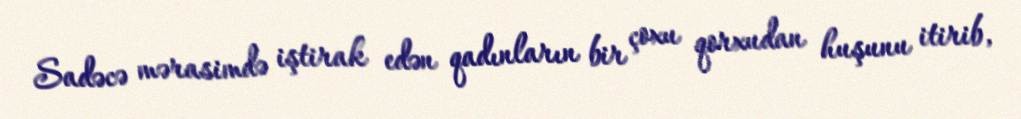
Sadəcə mərasimdə iştirak edən qadınların bir çoxu qorxudan huşunu itirib,